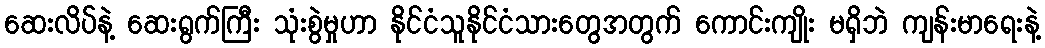
ဆေးလိပ်နဲ့ ဆေးရွက်ကြီး သုံးစွဲမှုဟာ နိုင်ငံသူနိုင်ငံသားတွေအတွက် ကောင်းကျိုး မရှိဘဲ ကျန်းမာရေးနဲ့